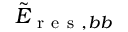
\tilde { E } _ { \mathrm { ~ r ~ e ~ s ~ } , b b }